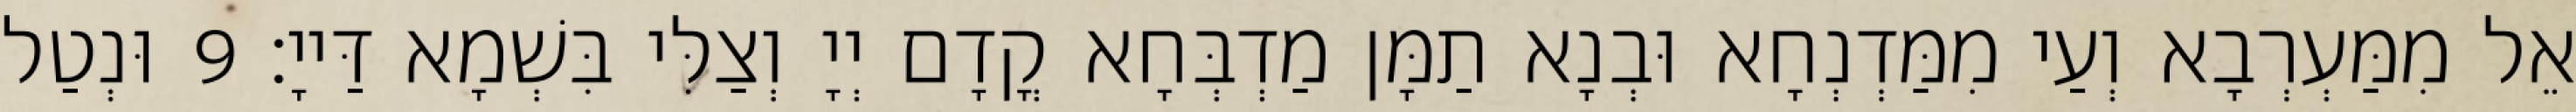
אֵל מִמַּעְרְבָא וְעַי מִמַּדְנְחָא וּבְנָא תַמָּן מַדְבְּחָא קֳדָם יְיָ וְצַלִּי בִּשְׁמָא דַּייָ׃ 9 וּנְטַל